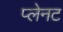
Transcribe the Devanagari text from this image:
प्लेनट